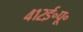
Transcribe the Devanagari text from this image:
४१२ई॰पू॰